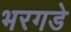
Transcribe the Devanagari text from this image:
भरगडे